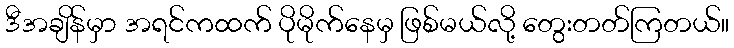
ဒီအချိန်မှာ အရင်ကထက် ပိုမိုက်နေမှ ဖြစ်မယ်လို့ တွေးတတ်ကြတယ်။